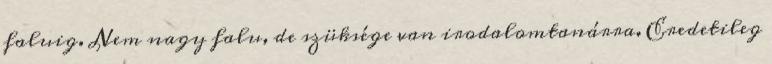
faluig. Nem nagy falu, de szüksége van irodalomtanárra. Eredetileg